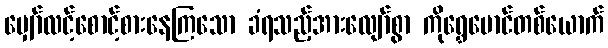
မျှော်လင့်စောင့်စားနေကြသော ခံရသည့်အားလျော်စွာ ကိုရွှေမောင်တစ်ယောက်